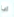
انا